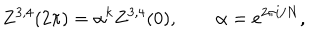
LaTeX: Z ^ { 3 , 4 } ( 2 \pi ) = \alpha ^ { k } Z ^ { 3 , 4 } ( 0 ) , \qquad \alpha = e ^ { 2 \pi i / N } ,